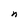
Character: n